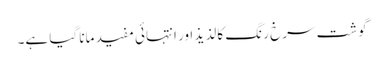
گوشت سرخ رنگ کا لذیذ اور انتہائی مفید مانا گیا ہے۔